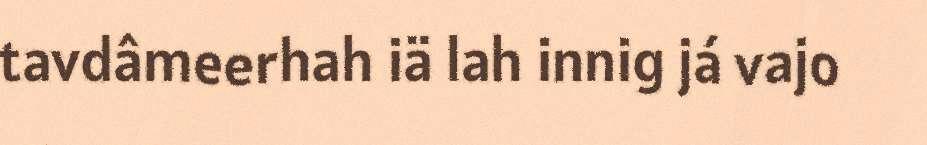
tavdâmeerhah iä lah innig já vajo